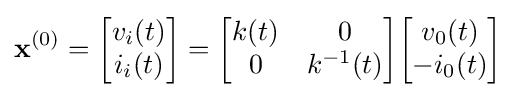
\mathbf {x} ^{(0)}={\begin{bmatrix}v_{i}(t)\\i_{i}(t)\\\end{bmatrix}}={\begin{bmatrix}k(t)&0\\0&k^{-1}(t)\\\end{bmatrix}}{\begin{bmatrix}v_{0}(t)\\-i_{0}(t)\\\end{bmatrix}}